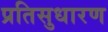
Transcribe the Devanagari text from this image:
प्रतिसुधारण